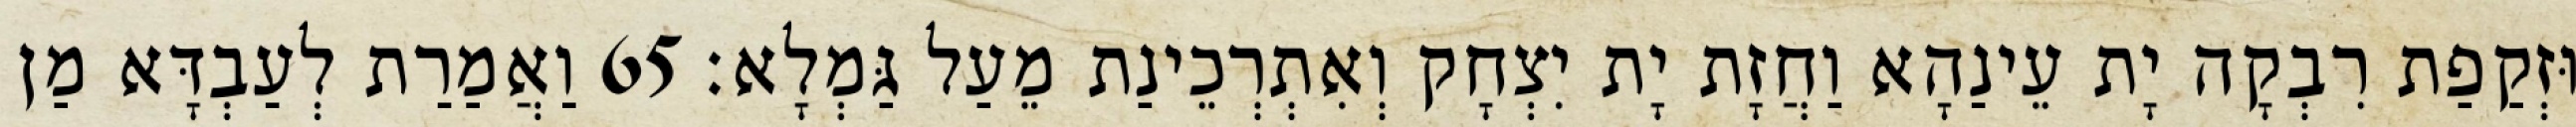
וּזְקַפַת רִבְקָה יָת עֵינַהָא וַחֲזָת יָת יִצְחָק וְאִתְרְכֵינַת מֵעַל גַּמְלָא׃ 65 וַאֲמַרַת לְעַבְדָּא מַן